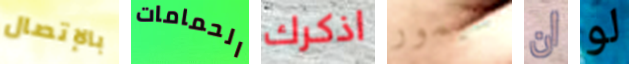
بالإتصال الحمامات اذكرك سيمور ان لو